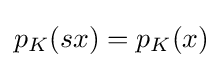
{\textstyle p_{K}(sx)=p_{K}(x)}